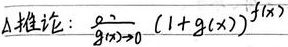
推论：\(\lim_{g(x)\to 0}(1 + g(x))^{f(x)}\)